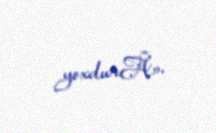
yoxdurÂ».